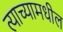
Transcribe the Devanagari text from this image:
त्याच्यामधील